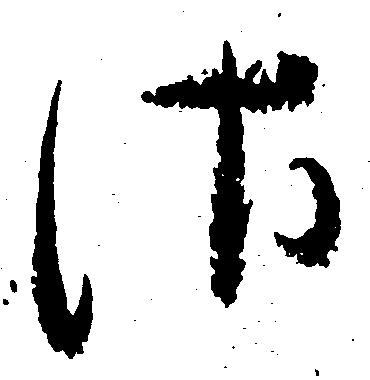
さ